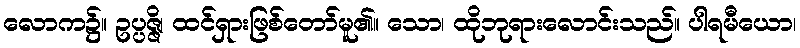
လောက၌။ ဥပ္ပဇ္ဇိ၊ ထင်ရှားဖြစ်တော်မူ၏။ သော၊ ထိုဘုရားလောင်းသည်။ ပါရမီယော၊